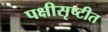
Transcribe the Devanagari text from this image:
पक्षीसृष्टीत